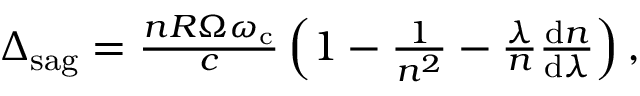
\begin{array} { r } { \Delta _ { \mathrm { s a g } } = \frac { n R \Omega \omega _ { \mathrm { c } } } { c } \left( 1 - \frac { 1 } { n ^ { 2 } } - \frac { \lambda } { n } \frac { \mathrm { d } n } { \mathrm { d } \lambda } \right) , } \end{array}